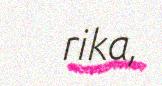
rika,